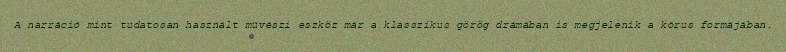
A narráció mint tudatosan használt művészi eszköz már a klasszikus görög drámában is megjelenik a kórus formájában.